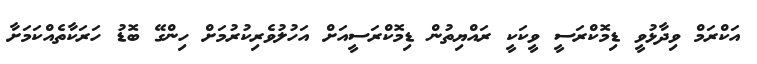
އަކްރަމް ވިދާޅުވީ ޑިމޮކްރަސީ ވީކަކީ ރައްޔިތުން ޑިމޮކްރަސީއަށް އަހުލުވެރިކުރުމަށް ހިންގޭ ބޮޑު ހަރަކާތެއްކަމަށާ